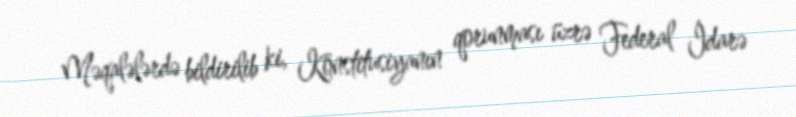
Məqalələrdə bildirilib ki, Konstitusiyanın qorunması üzrə Federal İdarə